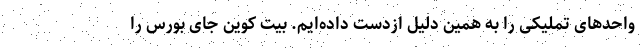
واحدهای تملیکی را به همین دلیل ازدست داده‌ایم. بیت کوین جای بورس را